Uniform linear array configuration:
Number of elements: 32
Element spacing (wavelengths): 0.25
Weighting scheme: hann
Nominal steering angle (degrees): -15
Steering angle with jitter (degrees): -16.663
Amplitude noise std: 0.05
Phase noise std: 0.05

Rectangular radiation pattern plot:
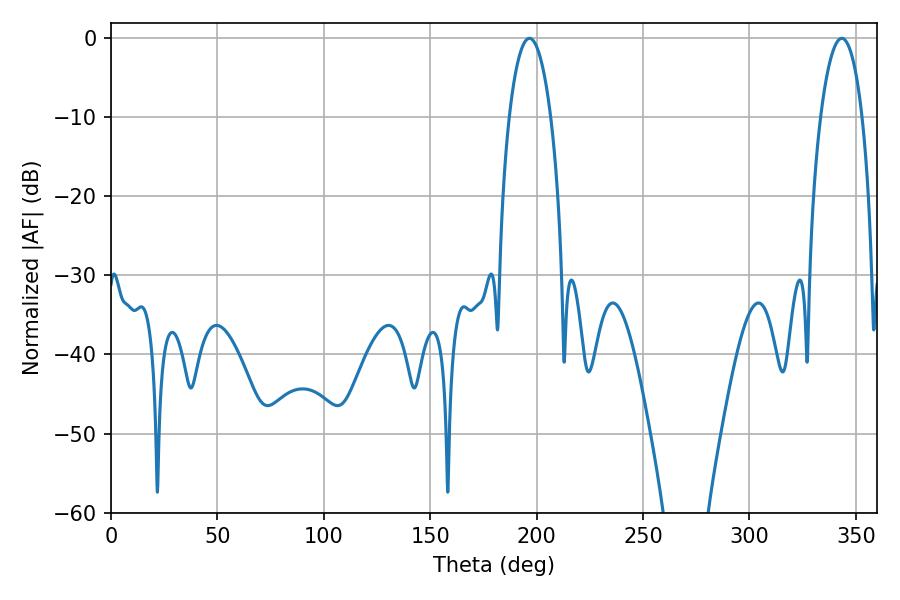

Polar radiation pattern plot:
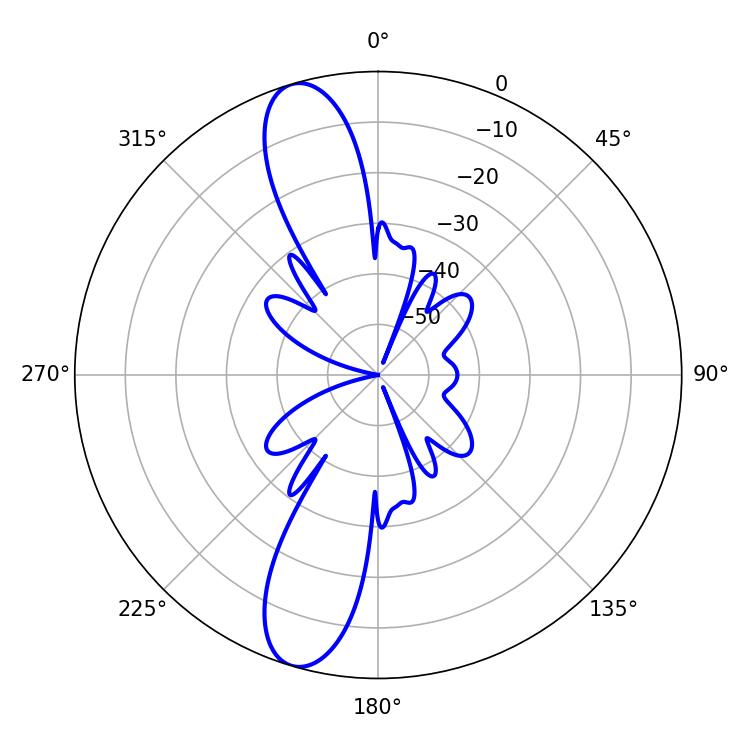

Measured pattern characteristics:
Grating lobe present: FALSE
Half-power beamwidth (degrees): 10.98
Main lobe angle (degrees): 196.56